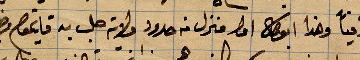
دافيًا وهذا أبو علي ... منزل في حدود ولاية حلب بعد قايم